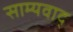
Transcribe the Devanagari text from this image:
साम्यवाद्